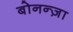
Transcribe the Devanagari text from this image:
बोनन्ज़ा